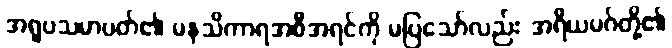
အရူပသမာပတ်၏ မနသိကာရအစီအရင်ကို မပြသော်လည်း အရိယမဂ်တို့၏